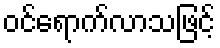
ဝင်ရောက်လာသဖြင့်